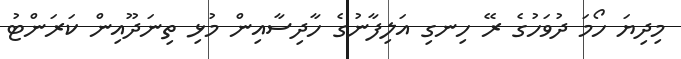
މިދިޔަ ހޯމަ ދުވަހުގެ ރޭ ހިނގި އަލިފާނުގެ ހާދިސާއިން މުޅި ތިނަދޫއިން ކަރަންޓު